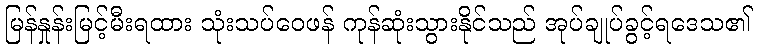
မြန်နှုန်းမြင့်မီးရထား သုံးသပ်ဝေဖန် ကုန်ဆုံးသွားနိုင်သည် အုပ်ချုပ်ခွင့်ရဒေသ၏